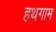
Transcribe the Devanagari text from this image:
हथगाम